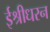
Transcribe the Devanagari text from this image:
ईश्रीधरन